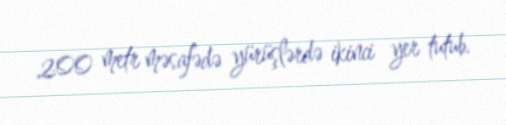
200 metr məsafədə yürüşlərdə ikinci yer tutub.